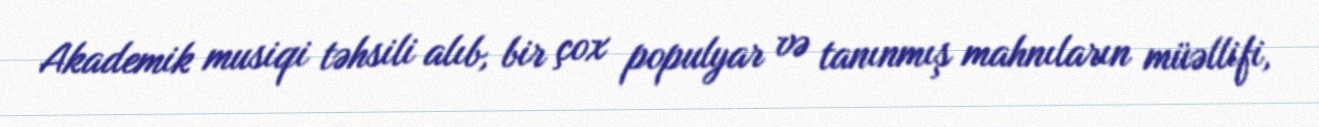
Akademik musiqi təhsili alıb, bir çox populyar və tanınmış mahnıların müəllifi,